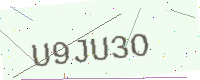
Text: U9JU3O